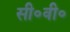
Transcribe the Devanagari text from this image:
सी॰वी॰